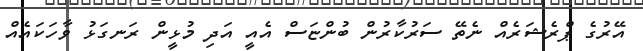
އޭރުގެ ޕްރެޝަރެއް ނެތޭ ސަރުކާރުން ބުންޏަސް އެއީ އަދި މުޅީން ރަނގަޅު ވާހަކައެއް